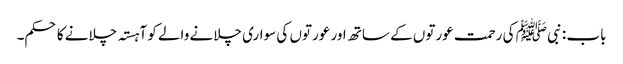
باب : نبی ﷺ کی رحمت عورتوں کے ساتھ اور عورتوں کی سواری چلانے والے کو آہستہ چلانے کا حکم۔